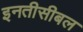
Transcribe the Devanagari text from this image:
इनतीसीबल